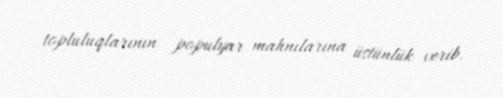
topluluqlarının populyar mahnılarına üstünlük verib.